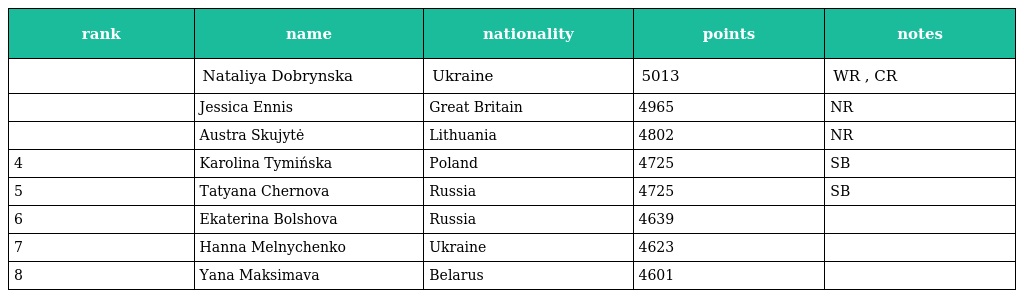
| rank | name | nationality | points | notes |
 | --- | --- | --- | --- | --- |
 |  | Nataliya Dobrynska | Ukraine | 5013 | WR , CR |
 |  | Jessica Ennis | Great Britain | 4965 | NR |
 |  | Austra Skujytė | Lithuania | 4802 | NR |
 | 4 | Karolina Tymińska | Poland | 4725 | SB |
 | 5 | Tatyana Chernova | Russia | 4725 | SB |
 | 6 | Ekaterina Bolshova | Russia | 4639 |  |
 | 7 | Hanna Melnychenko | Ukraine | 4623 |  |
 | 8 | Yana Maksimava | Belarus | 4601 |  |